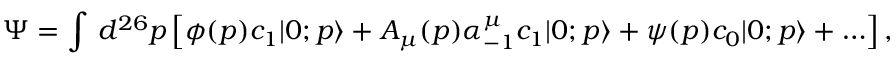
\Psi = \int \, d ^ { 2 6 } p \left[ \phi ( p ) c _ { 1 } | 0 ; p \rangle + A _ { \mu } ( p ) \alpha _ { - 1 } ^ { \mu } c _ { 1 } | 0 ; p \rangle + \psi ( p ) c _ { 0 } | 0 ; p \rangle + \ldots \right] ,